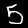
Label: 5